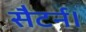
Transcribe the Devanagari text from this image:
सैटर्न।